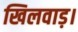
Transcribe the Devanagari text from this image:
खिलवाड़।